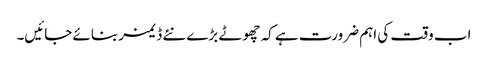
اب وقت کی اہم ضرورت ہے کہ چھوٹے بڑے نئے ڈ یمز بنائے جائیں۔